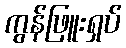
ကွန်ဖြူးရှပ်